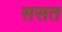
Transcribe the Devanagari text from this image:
ससत